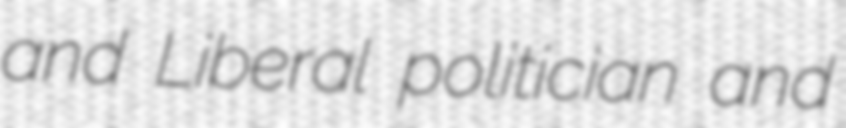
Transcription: and Liberal politician and